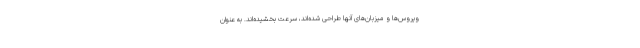
ویروس‌ها و میزبان‌های آنها طراحی شده‌اند، سرعت بخشیده‌اند. به عنوان